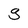
Character: g